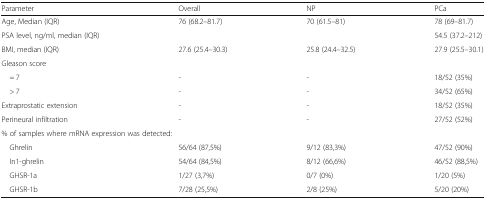
| Parameter | Overall | NP | PCa |
 | --- | --- | --- | --- |
 | Age, Median (IQR) | 76 (68.2–81.7) | 70 (61.5–81) | 78 (69–81.7) |
 | PSA level, ng/ml, median (IQR) |  |  | 54.5 (37.2–212) |
 | BMI, median (IQR) | 27.6 (25.4–30.3) | 25.8 (24.4–32.5) | 27.9 (25.5–30.1) |
 | <COLSPAN=4> Gleason score |
 | = 7 | - | - | 18/52 (35%) |
 | > 7 | - | - | 34/52 (65%) |
 | Extraprostatic extension | - | - | 18/52 (35%) |
 | Perineural infiltration | - | - | 27/52 (52%) |
 | <COLSPAN=4> % of samples where mRNA expression was detected: |
 | Ghrelin | 56/64 (87,5%) | 9/12 (83,3%) | 47/52 (90%) |
 | In1-ghrelin | 54/64 (84,5%) | 8/12 (66,6%) | 46/52 (88,5%) |
 | GHSR-1a | 1/27 (3,7%) | 0/7 (0%) | 1/20 (5%) |
 | GHSR-1b | 7/28 (25,5%) | 2/8 (25%) | 5/20 (20%) |